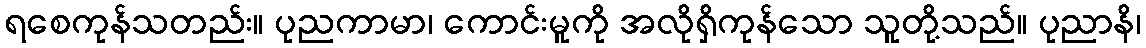
ရစေကုန်သတည်း။ ပုညကာမာ၊ ကောင်းမူကို အလိုရှိကုန်သော သူတို့သည်။ ပုညာနိ၊